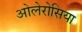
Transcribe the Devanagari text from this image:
ओलेरोसिया